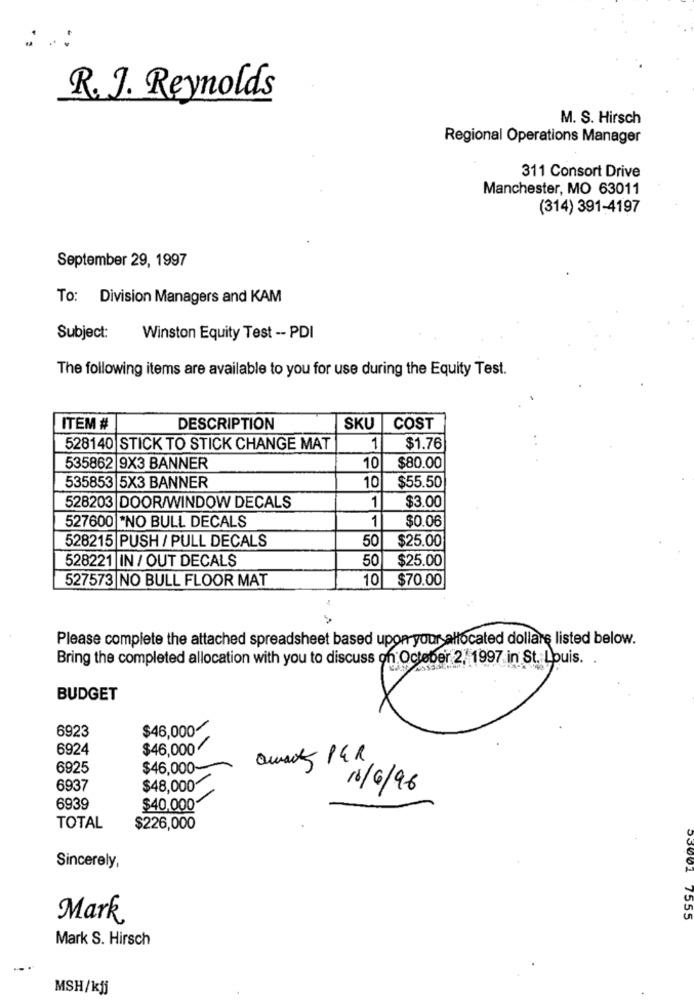
R. J. Reynolds
M. S. Hirsch
Regional Operations Manager
311 Consort Drive
Manchester, MO 63011
(314) 391-4197
September 29, 1997
To: Division Managers and KAM
Subject:
Winston Equity Test -- PDI
The following items are available to you for use during the Equity Test.
ITEM #
DESCRIPTION
SKU
COST
528140 STICK TO STICK CHANGE MAT
1
$1.76
535862 9X3 BANNER
10
$80.00
535853 5X3 BANNER
10
$55.50
528203 DOOR/WINDOW DECALS
1
$3.00
527600 *NO BULL DECALS
1
$0.06
528215 PUSH / PULL DECALS
50
$25.00
528221 IN / OUT DECALS
50
$25.00
527573 NO BULL FLOOR MAT
10
$70.00
Please complete the attached spreadsheet based upon your allocated dollars listed below.
Bring the completed allocation with you to discuss on October 2, 1997 in St. Louis.
BUDGET
6923
$46,000
6924
$46,000/
6925
$46,000-
6937
$48,000
16/6/96
6939
$40,000
TOTAL
$226,000
Sincerely,
Mark
53001 7555
Mark S. Hirsch
MSH/kjj